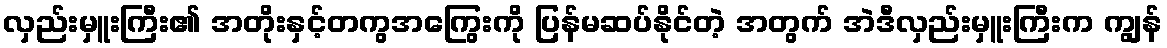
လှည်းမှူးကြီး၏ အတိုးနှင့်တကွအကြွေးကို ပြန်မဆပ်နိုင်တဲ့ အတွက် အဲဒီလှည်းမှူးကြီးက ကျွန်